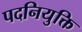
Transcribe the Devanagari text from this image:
पदनियुक्ति